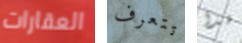
العقارات تتعرف هذا